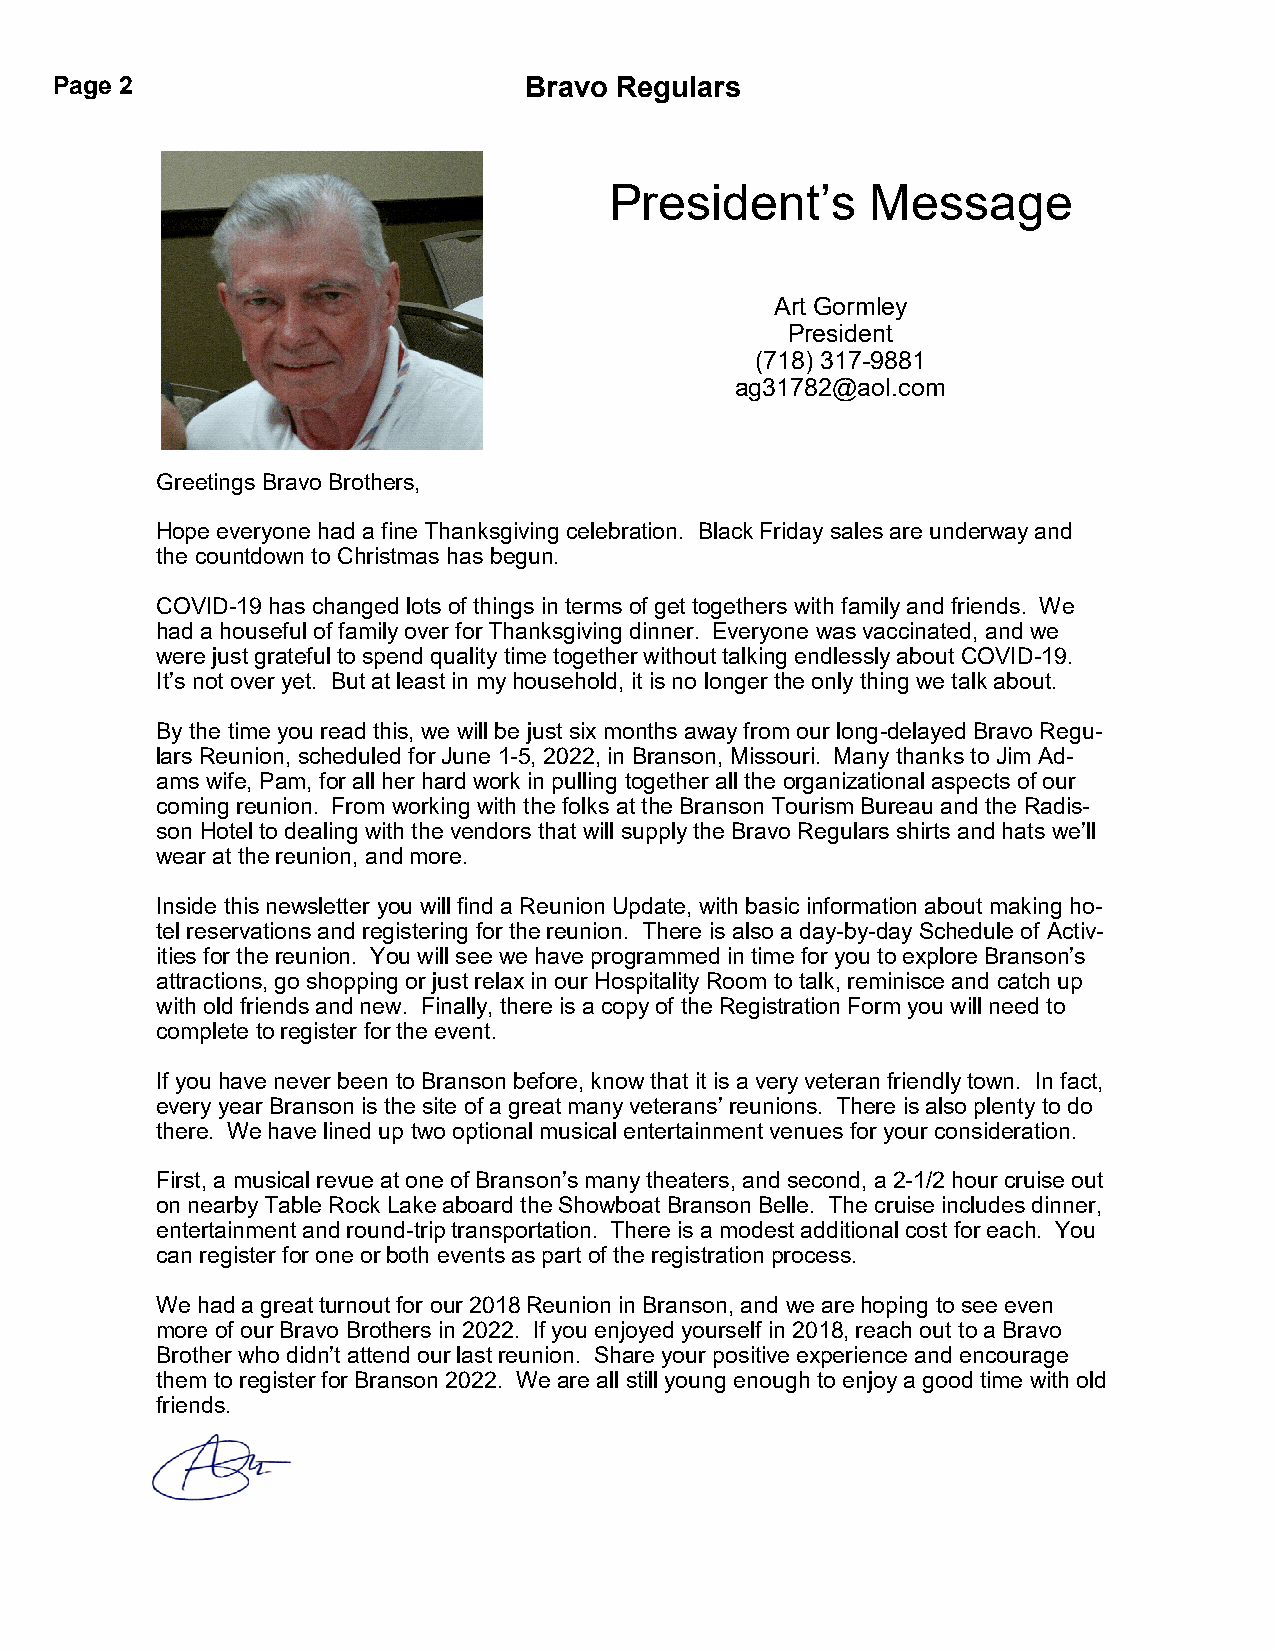
Page 2                          Bravo Regulars
 President’s       Message
 Art Gormley
 President
 (718) 317-9881
 ag31782@aol.com
 Greetings Bravo Brothers,
 Hope everyone had a fine Thanksgiving celebration. Black Friday sales are underway and
 the countdown to Christmas has begun.
 COVID-19 has changed lots of things in terms of get togethers with family and friends. We
 had a houseful of family over for Thanksgiving dinner. Everyone was vaccinated, and we
 were just grateful to spend quality time together without talking endlessly about COVID-19.
 It’s not over yet. But at least in my household, it is no longer the only thing we talk about.
 By the time you read this, we will be just six months away from our long-delayed Bravo Regu-
 lars Reunion, scheduled for June 1-5, 2022, in Branson, Missouri. Many thanks to Jim Ad-
 ams wife, Pam, for all her hard work in pulling together all the organizational aspects of our
 coming reunion. From working with the folks at the Branson Tourism Bureau and the Radis-
 son Hotel to dealing with the vendors that will supply the Bravo Regulars shirts and hats we’ll
 wear at the reunion, and more.
 Inside this newsletter you will find a Reunion Update, with basic information about making ho-
 tel reservations and registering for the reunion. There is also a day-by-day Schedule of Activ-
 ities for the reunion. You will see we have programmed in time for you to explore Branson’s
 attractions, go shopping or just relax in our Hospitality Room to talk, reminisce and catch up
 with old friends and new. Finally, there is a copy of the Registration Form you will need to
 complete to register for the event.
 If you have never been to Branson before, know that it is a very veteran friendly town. In fact,
 every year Branson is the site of a great many veterans’ reunions. There is also plenty to do
 there. We have lined up two optional musical entertainment venues for your consideration.
 First, a musical revue at one of Branson’s many theaters, and second, a 2-1/2 hour cruise out
 on nearby Table Rock Lake aboard the Showboat Branson Belle. The cruise includes dinner,
 entertainment and round-trip transportation. There is a modest additional cost for each. You
 can register for one or both events as part of the registration process.
 We had a great turnout for our 2018 Reunion in Branson, and we are hoping to see even
 more of our Bravo Brothers in 2022. If you enjoyed yourself in 2018, reach out to a Bravo
 Brother who didn’t attend our last reunion. Share your positive experience and encourage
 them to register for Branson 2022. We are all still young enough to enjoy a good time with old
 friends.